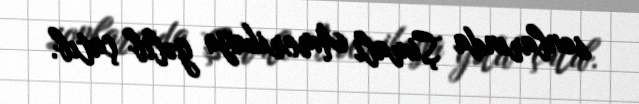
sonlarında Şimali Amerikaya gəlib çatıb.